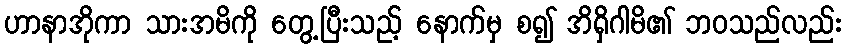
ဟာနာအိုကာ သားအမိကို တွေ့ပြီးသည့် နောက်မှ စ၍ အိရှိဂါမိ၏ ဘဝသည်လည်း